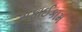
સફાઈકામ